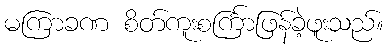
မကြာခဏ စိတ်ကူးစင်္ကြာဖြန်ခဲ့ဖူးသည်။